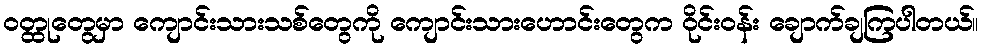
ဝတ္ထုတွေမှာ ကျောင်းသားသစ်တွေကို ကျောင်းသားဟောင်းတွေက ဝိုင်းဝန်း ချောက်ချကြပါတယ်။